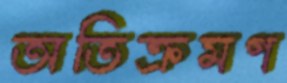
অতিক্রমণ